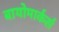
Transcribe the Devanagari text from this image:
बायोमार्कर्स